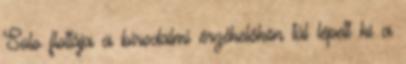
Solo flottája a birodalmi érzékelőkön túl lépett ki a